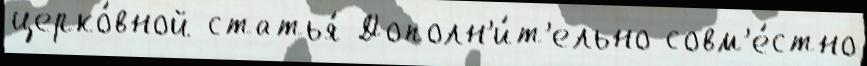
церко́вной статья́ Дополн'и́т'ельно совм'е́стно